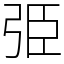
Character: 弫